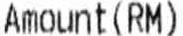
AMOUNT(RM)